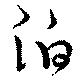
泊